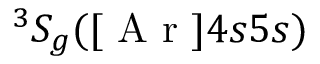
^ 3 S _ { g } ( [ \mathrm { ~ A ~ r ~ } ] 4 s 5 s )